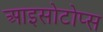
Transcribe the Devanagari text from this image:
आइसोटोप्स